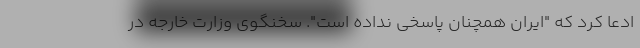
ادعا کرد که "ایران همچنان پاسخی نداده است". سخنگوی وزارت خارجه در